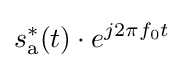
s_{\mathrm {a} }^{*}(t)\cdot e^{j2\pi f_{0}t}